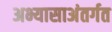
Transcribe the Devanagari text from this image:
अभ्यासाअंतर्गत